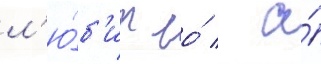
л'ю́б'ит ео́ / а́